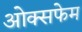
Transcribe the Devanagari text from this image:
ओक्सफेम